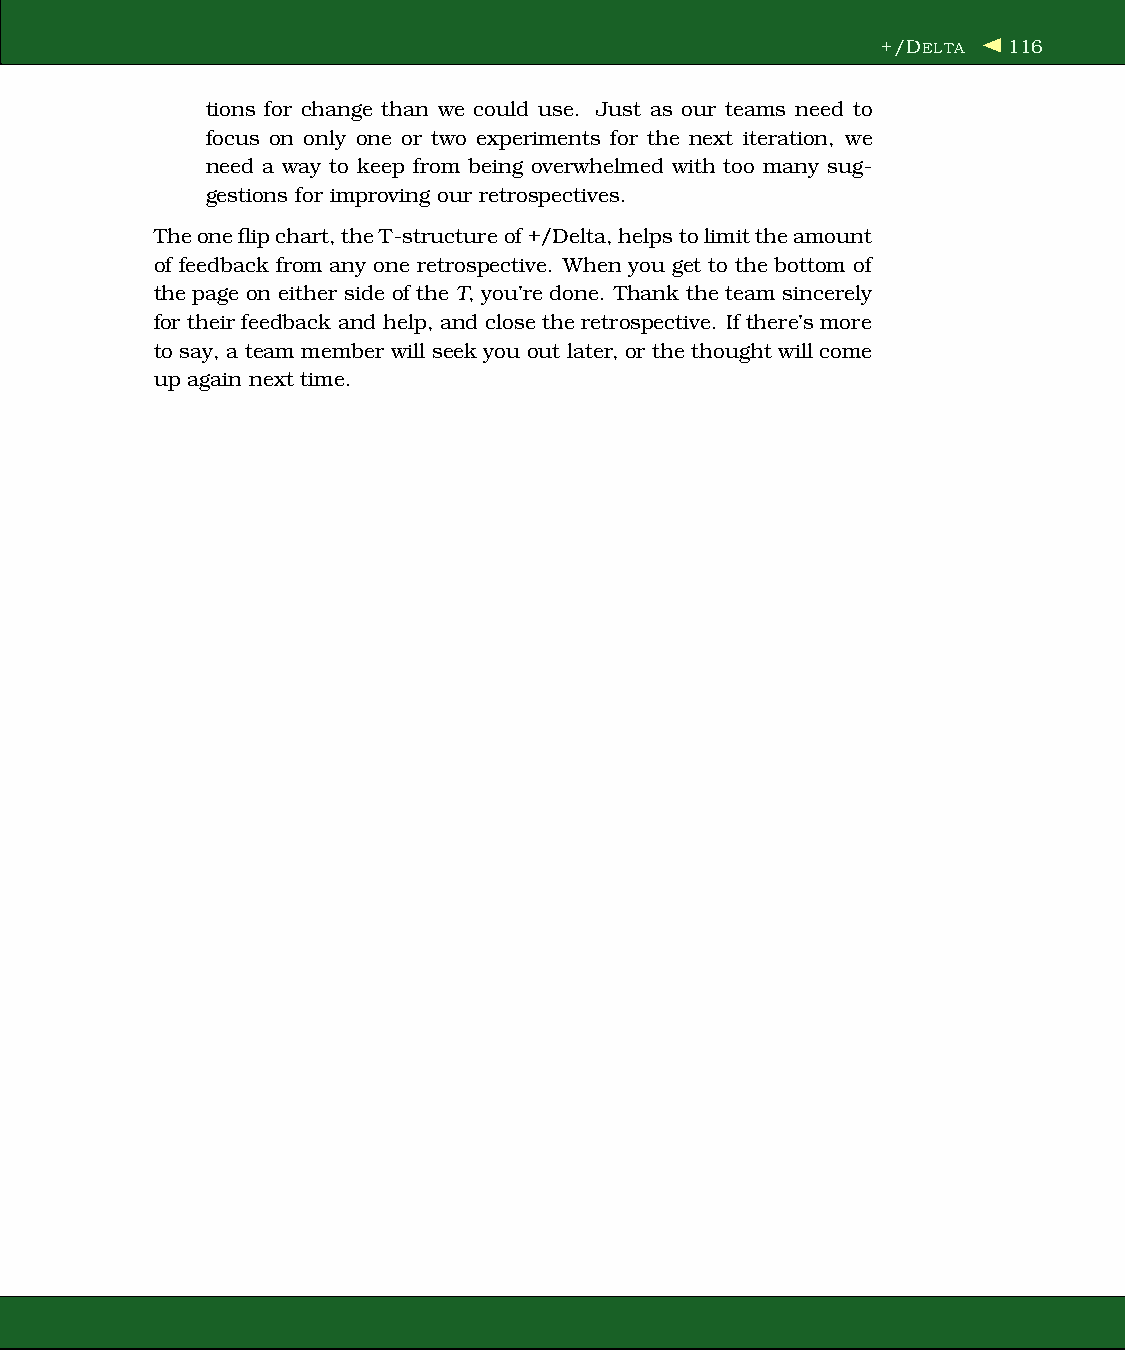
+/DELTA  116
 tions for change than we could use. Just as our teams need to
 focus on only one or two experiments for the next iteration, we
 need a way to keep from being overwhelmed with too many sug-
 gestions for improving our retrospectives.
 Theoneflipchart,theT-structureof+/Delta,helpstolimittheamount
 of feedback from any one retrospective. When you get to the bottom of
 the page on either side of the T, you’re done. Thank the team sincerely
 for their feedback and help, and close the retrospective. If there’smore
 tosay, a teammember will seek you out later, or thethought will come
 up again next time.